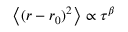
\left\langle { ( r - r _ { 0 } ) ^ { 2 } } \right\rangle \propto \tau ^ { \beta }